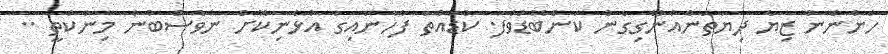
ހުންނާނެ ޒިޔާ ދިޔަތަނެއްނޭގިގެން ކަންބޮޑުވެފަ. ކުޑާއްތަ ފާހާނައިގަ އުޅެނިކޮށް ނުވެސްބުނެ މިނުކުތީ ..